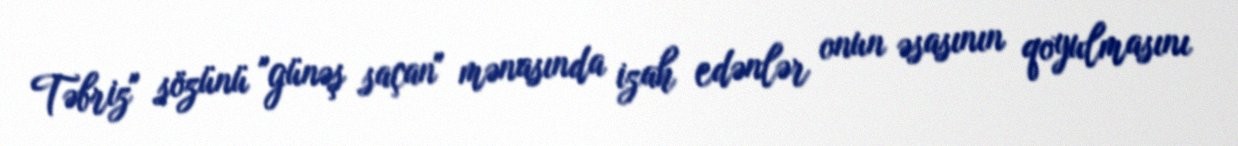
Təbriz" sözünü "günəş saçan" mənasında izah edənlər onun əsasının qoyulmasını